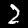
Digit: 2